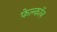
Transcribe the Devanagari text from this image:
फेल्काॅन